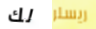
لك ريسلر